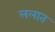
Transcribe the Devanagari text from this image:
ललात